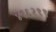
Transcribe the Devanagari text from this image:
४१६२११